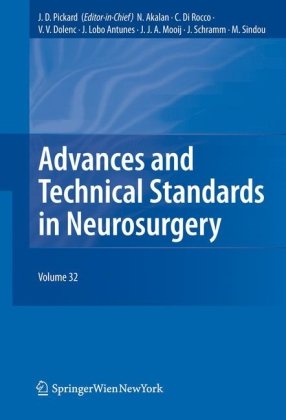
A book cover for Advances and Technical Standards in Neurosurgery Vol. 32; Health, Fitness & Dieting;